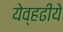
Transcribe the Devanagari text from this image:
येव्हढीये